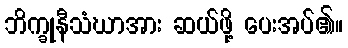
ဘိက္ခုနီသံဃာအား ဆယ်ဖို့ ပေးအပ်၏။